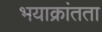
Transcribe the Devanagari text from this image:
भयाक्रांतता